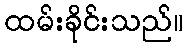
ထမ်းခိုင်းသည်။